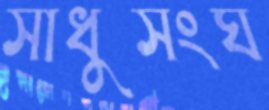
সাধুসংঘ